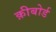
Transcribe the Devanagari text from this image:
क़ीबोर्ड